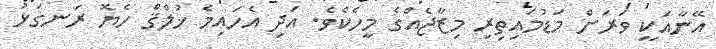
އޭނާއަކީ ވަރަށް މަޑުމައިތިރި މިޒާޖެއްގެ މީހެކެވެ. އަދި އެހައިމެ ޚުލްޤް ހެޔޮ ރަނގަޅު